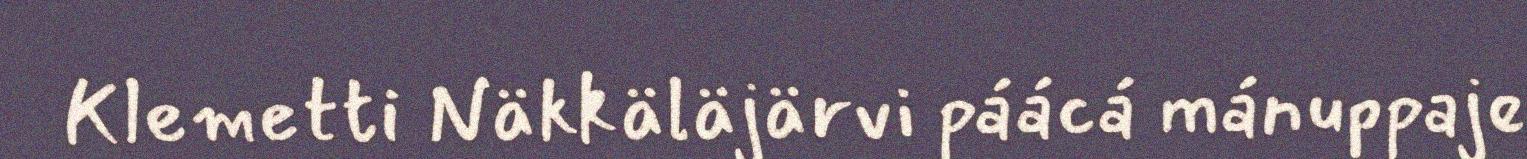
Klemetti Näkkäläjärvi páácá mánuppaje